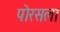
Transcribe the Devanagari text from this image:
पोरसला